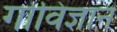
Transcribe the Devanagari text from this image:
गोविज्ञान